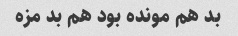
بد هم مونده بود هم بد مزه